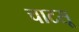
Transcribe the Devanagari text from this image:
चाटसू